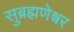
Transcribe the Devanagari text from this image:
सुब्रह्मणेश्वर